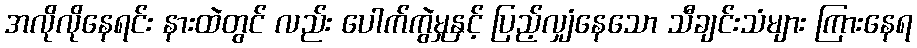
အလိုလိုနေရင်း နားထဲတွင် လည်း ပေါက်ကွဲမှုနှင့် ပြည့်လျှံနေသော သီချင်းသံများ ကြားနေရ